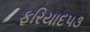
ફરિયાદ૫૩